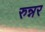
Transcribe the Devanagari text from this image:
रुन्नर